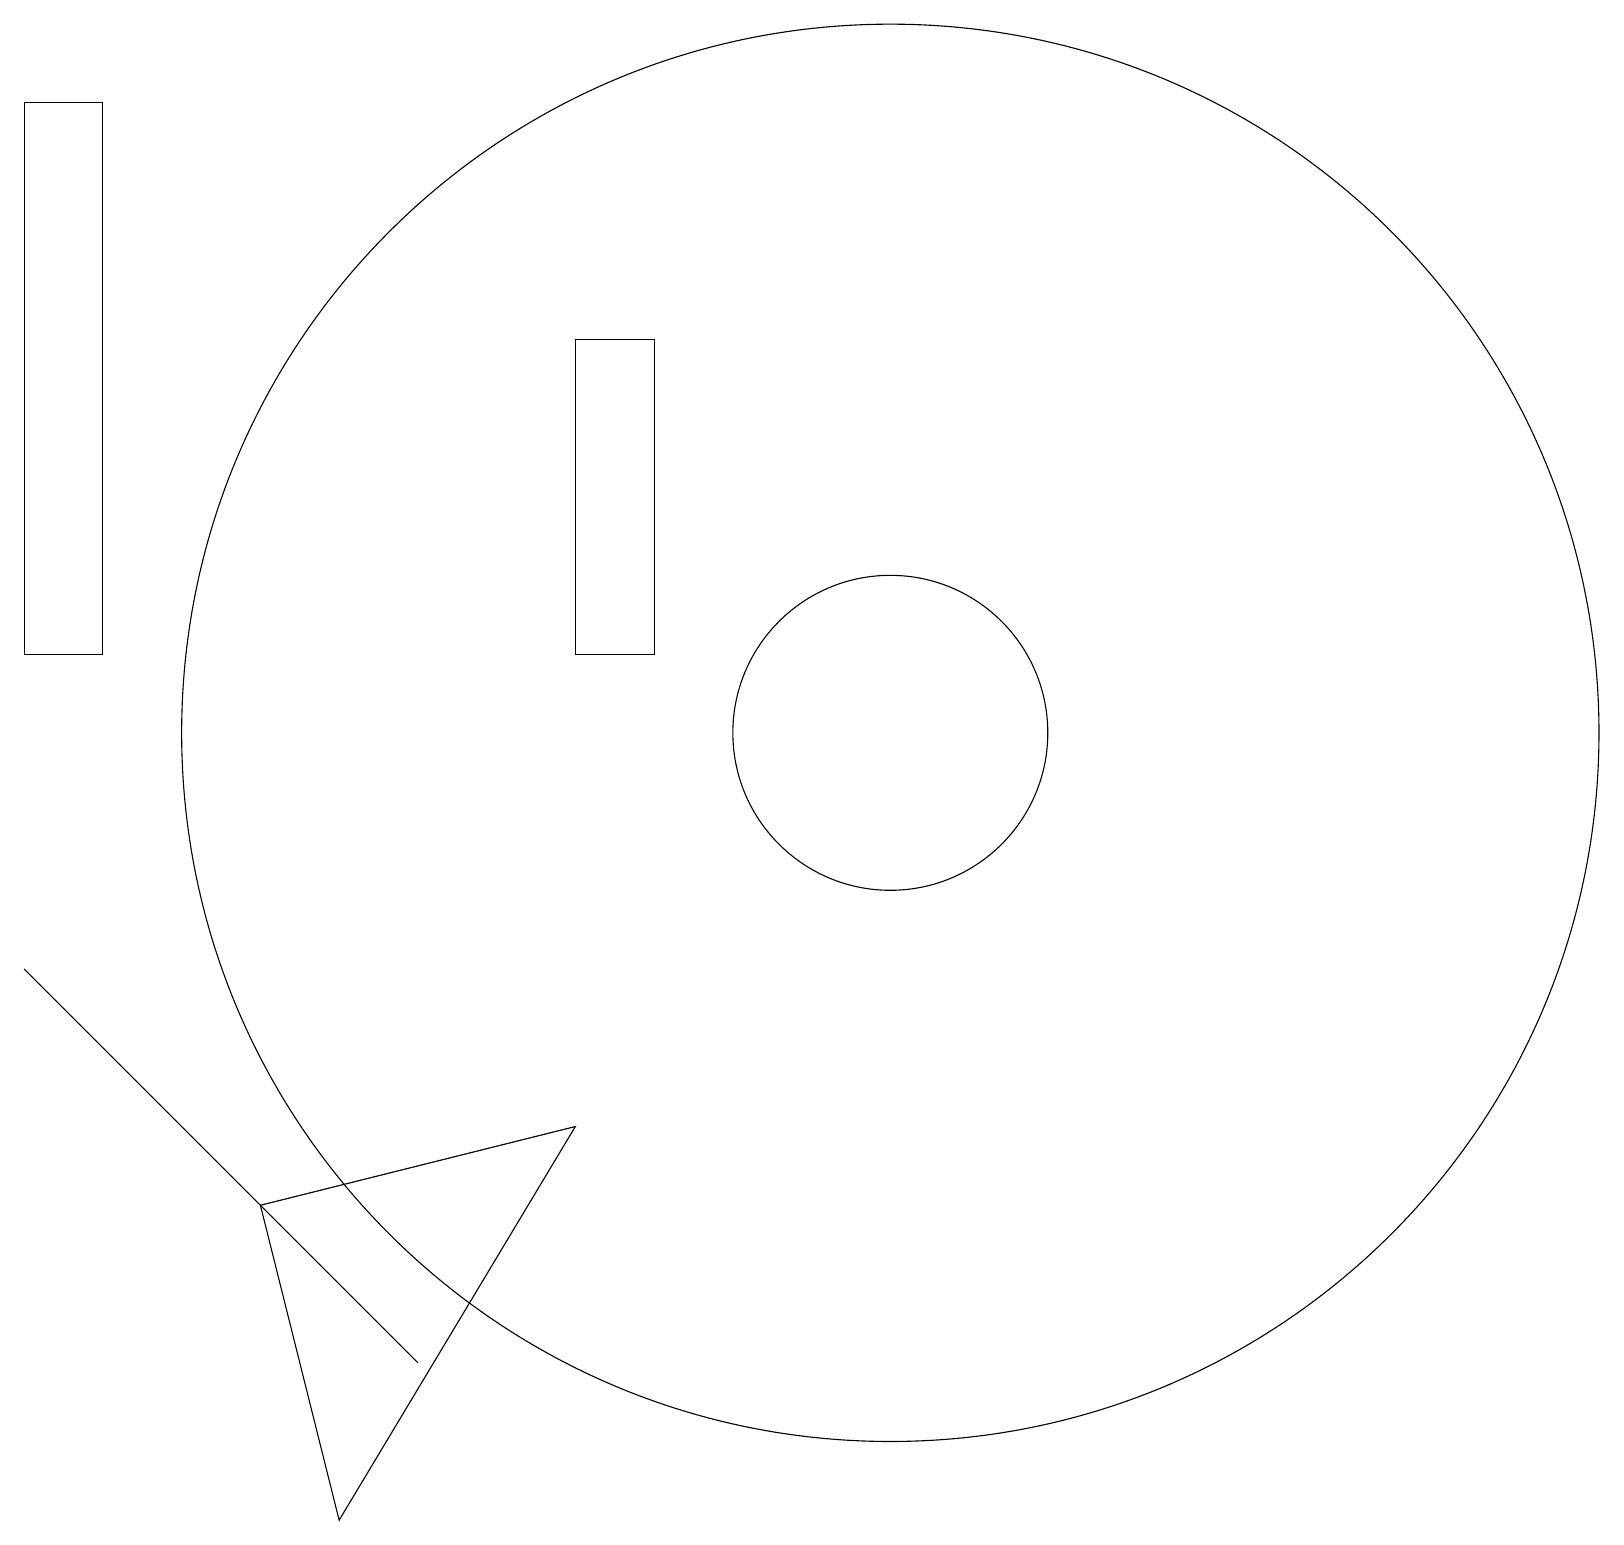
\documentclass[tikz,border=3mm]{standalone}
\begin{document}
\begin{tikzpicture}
\draw (7,16) rectangle (8,12);
\draw (0,8) -- (3,5) -- (5,3) -- cycle;
\draw (11,11) circle (9);
\draw (11,11) circle (2);
\draw (4,1) -- (3,5) -- (7,6) -- cycle;
\draw (1,12) rectangle (0,19);
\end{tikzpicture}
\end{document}